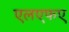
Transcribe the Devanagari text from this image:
एलएफए